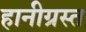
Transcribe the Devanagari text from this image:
हानीग्रस्त